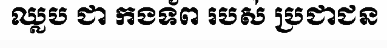
ឈ្លប ជា កងទ័ព របស់ ប្រជាជន